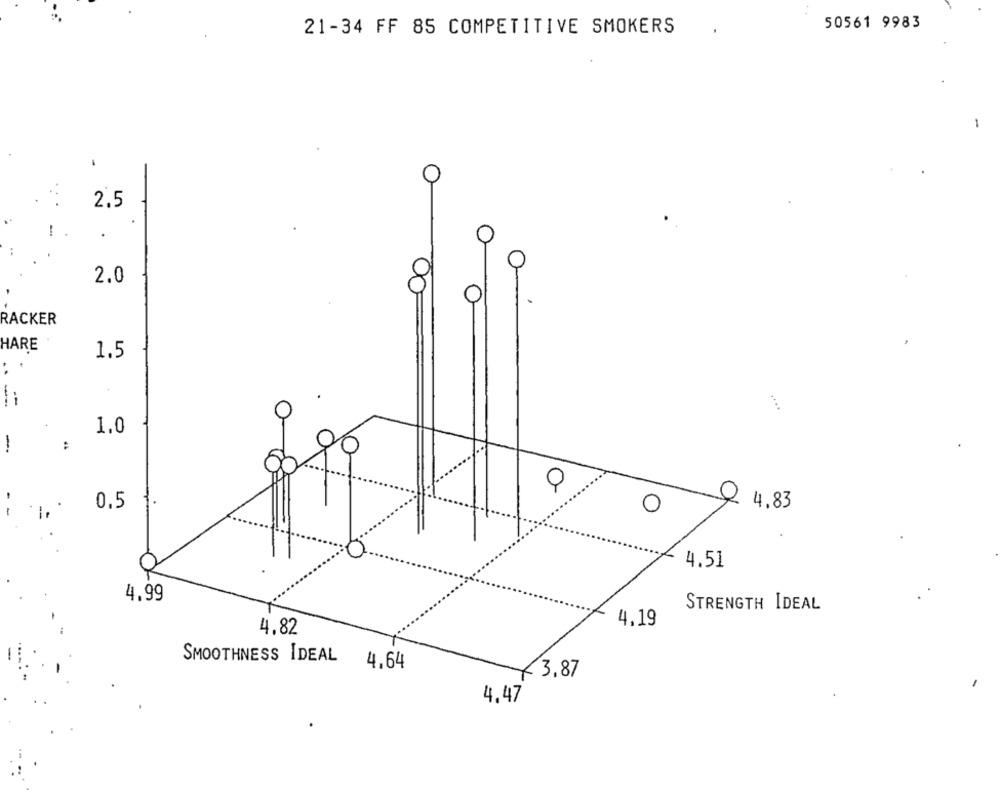
50561 9983
21-34 FF 85 COMPETITIVE SMOKERS
2.5
!
2.0
RACKER
HARE
1.5
:
1.0
-
:
0
0,5
4,83
O
4.51
4.99
STRENGTH IDEAL
4,19
4,82
SMOOTHNESS IDEAL
4,64
3.87
4.47